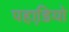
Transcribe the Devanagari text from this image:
पहाडि़यो